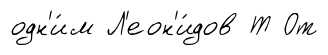
одн'и́м Л'еон'и́дов Т От